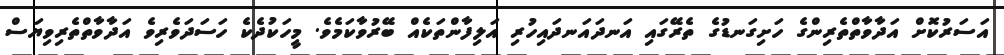
އަސަރުކޮށް އަދާވާތްތެރިންގެ ހަށިގަނޑުގެ ތެރޭގައި އަނދައަނދައިހުރި އަލިފާންތަކެއް ބޭރުވާކަމެވެ. މީހަކުދެކެ ހަސަދަވެރިވެ އަދާވާތްތެރިވިޔަސް